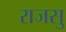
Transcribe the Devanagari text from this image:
राजसु